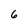
Character: 6